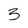
Character: 3